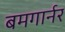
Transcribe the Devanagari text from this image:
बमगार्नर